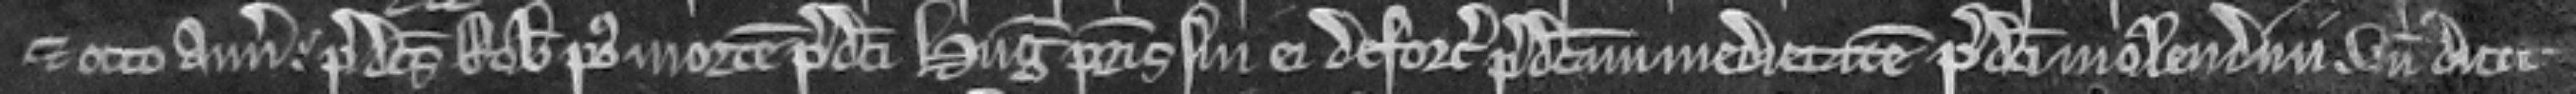
et octo annos. predictus Robertus post mortem predicti Hugonis patris sui ei deforciavit predictam medietatem predicti molendini. unde dicit